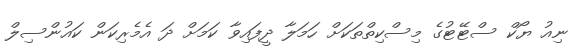
ނިއު ޔޯކް ސްޓޭޓުގެ މިސްކިތްތަކަށް ހަމަލާ ދީފައިވާ ކަމަށް ދަ އެމެރިކަން ކައުންސިލް